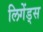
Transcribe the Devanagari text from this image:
लिगेंड्स